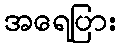
အရေပြား